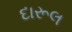
દારૂલ